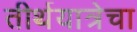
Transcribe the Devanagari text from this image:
तीर्थयात्रेचा